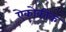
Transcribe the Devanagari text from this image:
ऐकोकीक